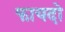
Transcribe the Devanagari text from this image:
फायदो